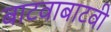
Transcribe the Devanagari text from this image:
बाटवाबाटवी